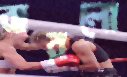
বারলো